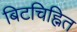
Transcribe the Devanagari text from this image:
बिटचिह्नित